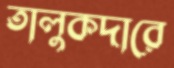
তালুকদারে